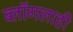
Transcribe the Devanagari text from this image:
ब्लॉगलाही